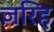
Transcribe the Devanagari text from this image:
ज़रिह